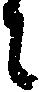
に